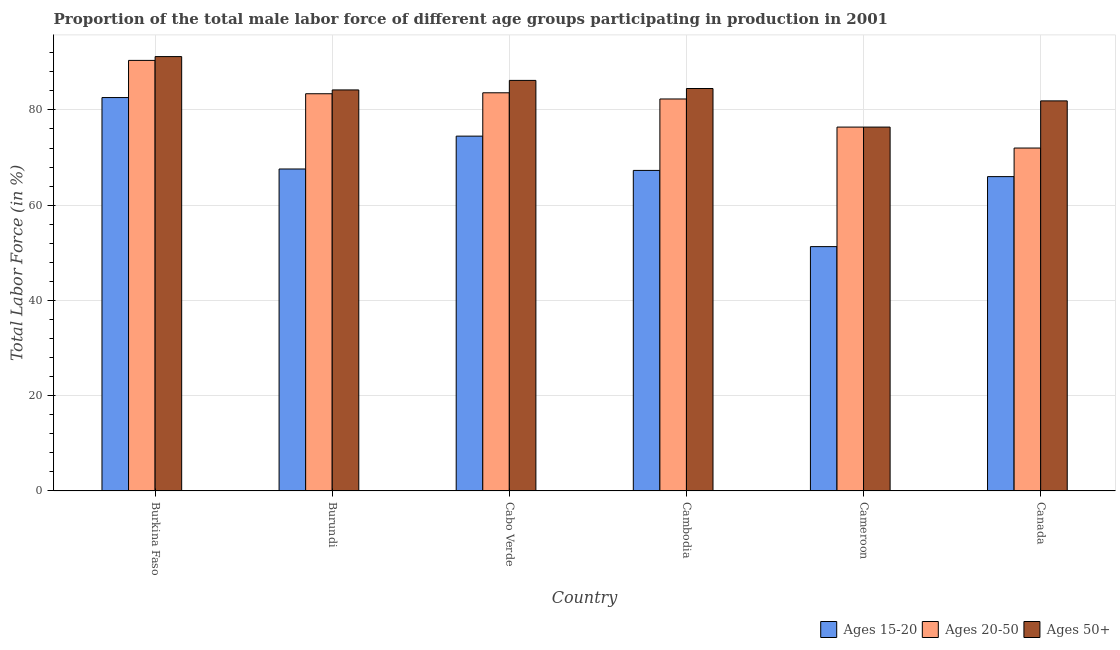
| Country | Ages 15-20 | Ages 20-50 | Ages 50+ |
 | --- | --- | --- | --- |
 | Burkina Faso | 82.6 | 90.4 | 91.2 |
 | Burundi | 67.6 | 83.4 | 84.2 |
 | Cabo Verde | 74.5 | 83.6 | 86.2 |
 | Cambodia | 67.3 | 82.3 | 84.5 |
 | Cameroon | 51.3 | 76.4 | 76.4 |
 | Canada | 66 | 72 | 81.9 |